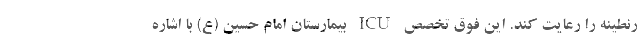
رنطینه را رعایت کند. این فوق تخصص ICU بیمارستان امام حسین (ع) با اشاره